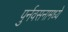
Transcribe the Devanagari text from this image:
पुर्नवसनामध्ये